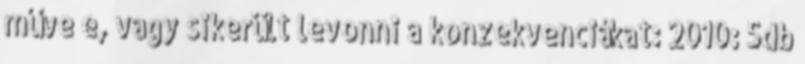
műve e, vagy sikerült levonni a konzekvenciákat: 2010: 5db